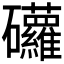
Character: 𥘁